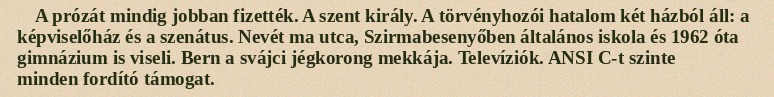
A prózát mindig jobban fizették. A szent király. A törvényhozói hatalom két házból áll: a képviselőház és a szenátus. Nevét ma utca, Szirmabesenyőben általános iskola és 1962 óta gimnázium is viseli. Bern a svájci jégkorong mekkája. Televíziók. ANSI C-t szinte minden fordító támogat.